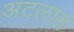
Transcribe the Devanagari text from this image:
अटलास